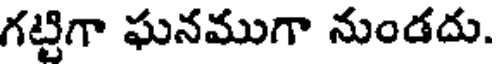
గట్టిగా ఘనముగా నుండదు.